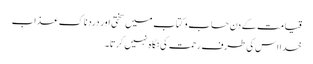
قیامت کے دن حساب و کتاب میں سختی اور دردناک عذاب
خدا اس کی طرف رحمت کی نگاہ نہیں کرتا۔